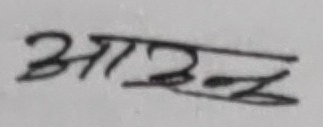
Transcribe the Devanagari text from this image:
आटन